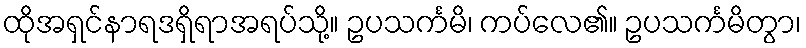
ထိုအရှင်နာရဒရှိရာအရပ်သို့။ ဥပသင်္ကမိ၊ ကပ်လေ၏။ ဥပသင်္ကမိတွာ၊